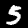
Label: 5